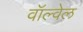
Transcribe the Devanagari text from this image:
वॉल्वेल